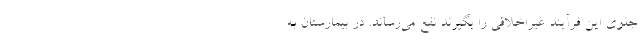
جلوی این فرآیند غیراخلاقی را بگیرند نفع می‌رساند. در بیمارستان به